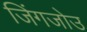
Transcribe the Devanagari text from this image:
जिंगजोउ